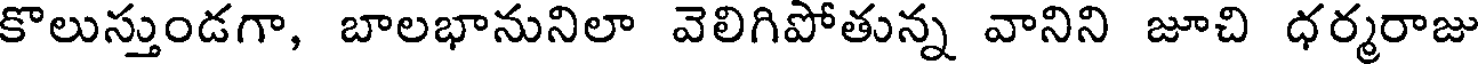
కొలుస్తుండగా, బాలభానునిలా వెలిగిపోతున్న వానిని జూచి ధర్మరాజు